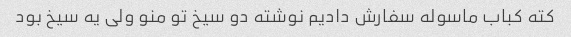
کته کباب ماسوله سفارش دادیم نوشته دو سیخ تو منو ولی یه سیخ بود